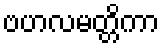
ဗဟလမတ္တိကာ